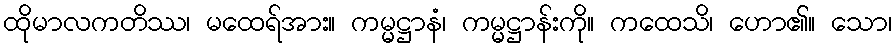
ထိုမာလကတိဿ၊ မထေရ်အား။ ကမ္မဋ္ဌာနံ၊ ကမ္မဋ္ဌာန်းကို။ ကထေသိ၊ ဟော၏။ သော၊